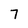
Character: 7